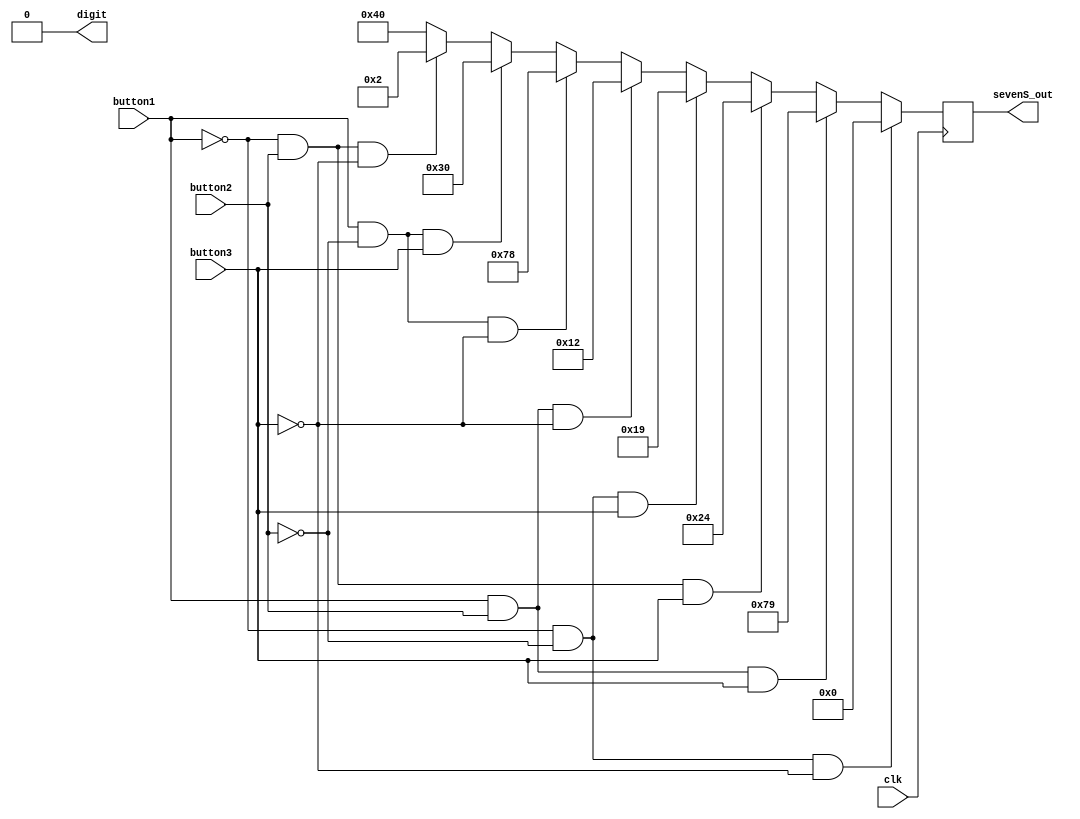
module sevenSegment(
clk,
button1,button2,button3,
digit,
sevenS_out
);
input clk;
input button1,button2,button3;
output reg [6:0]sevenS_out;
output digit = 0;
wire [6:0]zero = 7'b1000000;
wire [6:0]one = 7'b1111001;
wire [6:0]two = 7'b0100100;
wire [6:0]three = 7'b0110000;
wire [6:0]four = 7'b0011001;
wire [6:0]five = 7'b0010010;
wire [6:0]six = 7'b0000010;
wire [6:0]seven = 7'b1111000;
wire [6:0]eigth = 7'b0000000;
//Seven segment shows which pressed button
//and size of letter such as 1 is smallest ,8 is biggest
always@(posedge clk)
begin
if(~button1 && ~button2 && ~button3)
   sevenS_out <= eigth;
else if(button1 && button2 && button3)
   sevenS_out <= one;
else if(~button1 && button2 && button3)
    sevenS_out <= two;
else if(~button1 && ~button2 && button3)
    sevenS_out <= four;
else if(button1 && button2 && ~button3)
    sevenS_out <= five;
else if(button1 && ~button2 && ~button3)
    sevenS_out <= seven;
else if(button1 && ~button2 && button3)
    sevenS_out <= three;
else if(~button1 && button2 && ~button3)
    sevenS_out <= six;
else
    sevenS_out <= zero;
end
endmodule